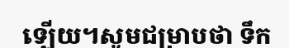
ឡើយ។សូមជម្រាបថា ទឹក